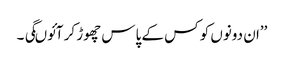
’’ان دونوں کو کس کے پاس چھوڑ کر آئوںگی ۔